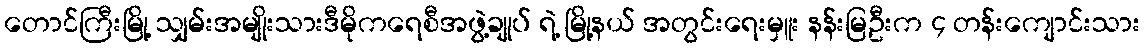
တောင်ကြီးမြို့ သျှမ်းအမျိုးသားဒီမိုကရေစီအဖွဲ့ချုပ် ရဲ့ မြို့နယ် အတွင်းရေးမှူး နန်းမြဦးက ၄ တန်းကျောင်းသား